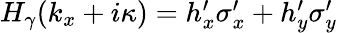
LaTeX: \begin{array}{r}{H_{\gamma}(k_{x}+i\kappa)=h_{x}^{\prime}\sigma_{x}^{\prime}+h_{y}^{\prime}\sigma_{y}^{\prime}}\end{array}